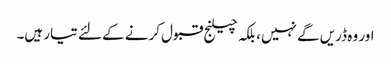
اور وہ ڈریں گے نہیں، بلکہ چیلنج قبول کرنے کے لئے تیار ہیں۔